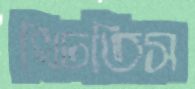
খিচতিস